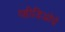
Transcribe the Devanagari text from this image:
व्हीडिओचे